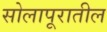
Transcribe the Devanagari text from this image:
सोलापूरातील